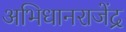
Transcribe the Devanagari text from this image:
अभिधानराजेंद्र